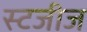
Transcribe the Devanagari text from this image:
स्टजीज